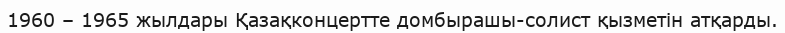
1960 – 1965 жылдары Қазақконцертте домбырашы-солист қызметін атқарды.